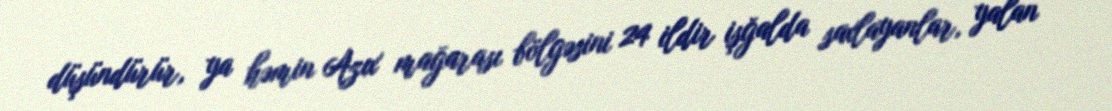
düşündürür, ya həmin Azıx mağarası bölgəsini 24 ildir işğalda saxlayanlar, yalan